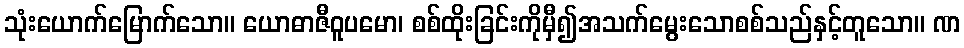
သုံးယောက်မြောက်သော။ ယောဓာဇီဝူပမော၊ စစ်ထိုးခြင်းကိုမှီ၍အသက်မွေးသောစစ်သည်နှင့်တူသော။ ဏ